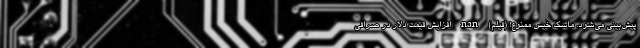
پیش‌بینی می‌شود. ماسک خيس ممنوع! (فیلم) nan افزایش قیمت دلار در صرافی